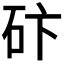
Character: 𥑃